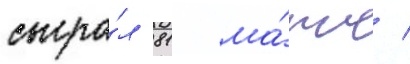
сыгра́л 81 ма́тч /